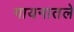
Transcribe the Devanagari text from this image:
गायनातले